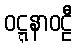
ဝဋ္ဋနာဝဠီ